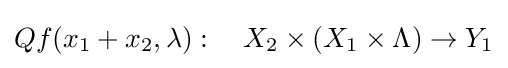
Qf(x_{1}+x_{2},\lambda ):\quad X_{2}\times (X_{1}\times \Lambda )\to Y_{1}